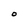
Character: O